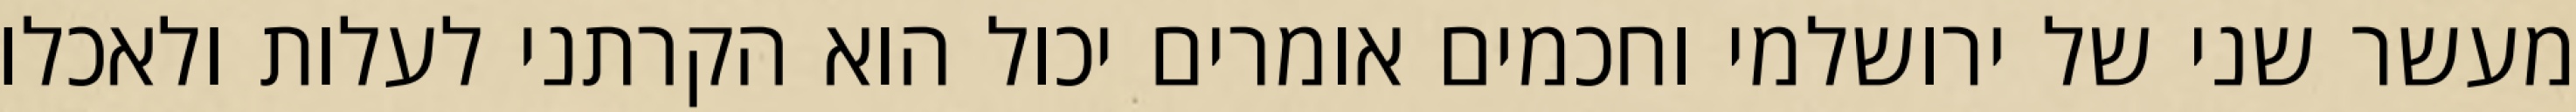
מעשר שני של ירושלמי וחכמים אומרים יכול הוא הקרתני לעלות ולאכלו